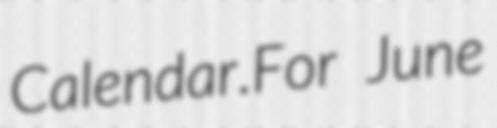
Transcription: Calendar.For June